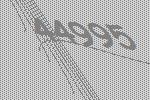
44995